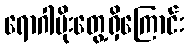
ရောဂါပိုးတွေ့ရှိကြောင်း